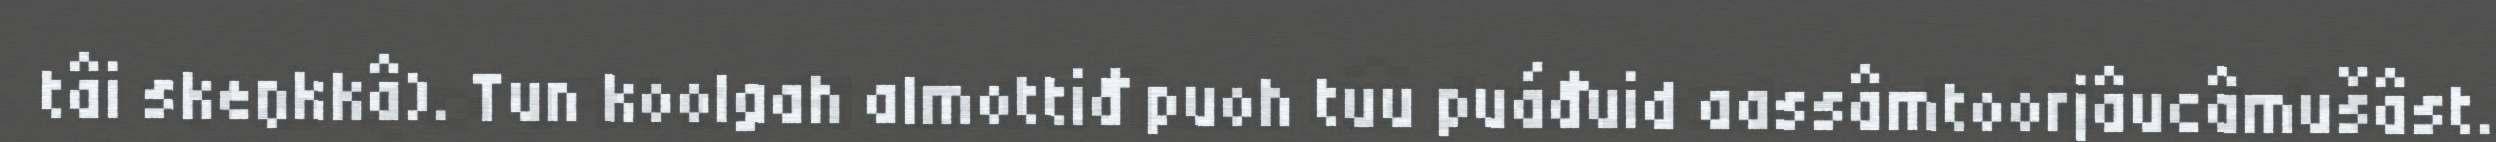
tâi skeŋkkâ). Tun koolgah almottiđ puoh tuu puáđuid aassâmtoorjâucâmušâst.